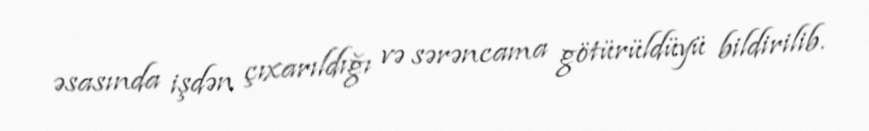
əsasında işdən çıxarıldığı və sərəncama götürüldüyü bildirilib.